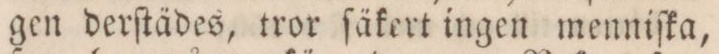
gen derſtädes, tror ſäkert ingen menniſka,